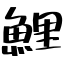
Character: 鯉